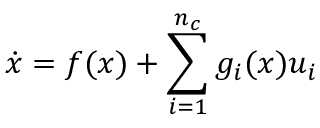
\dot { x } = f ( x ) + \sum _ { i = 1 } ^ { n _ { c } } g _ { i } ( x ) u _ { i }